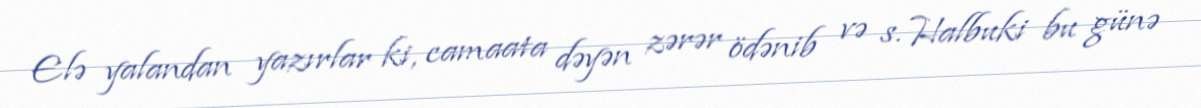
Elə yalandan yazırlar ki, camaata dəyən zərər ödənib və s. Halbuki bu günə